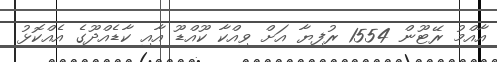
އާއްމު ރޭޓޫން 1554 ރުފިޔާ އަށް ވިއްކާ ކޫއްޑޫ އާއި ކާޑެއްދޫގެ އެއްކޮޅު